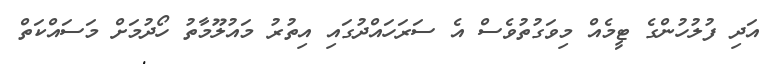
އަދި ފުލުހުންގެ ޓީމެއް މިވަގުތުވެސް އެ ސަރަހައްދުގައި އިތުރު މައުލޫމާތު ހޯދުމަށް މަސައްކަތް